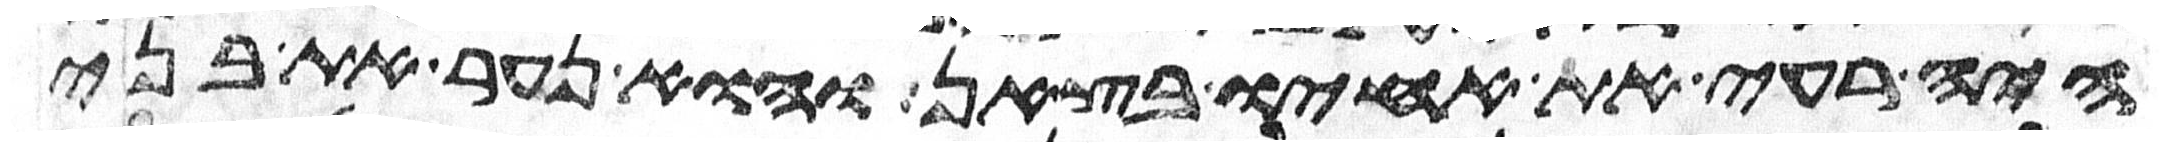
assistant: היה רעה את אחיו בצאן והוא נער את בני